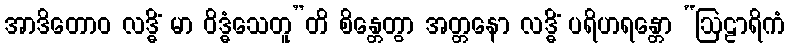
အာဒိတောဝ လဒ္ဓိံ မာ ဝိဒ္ဓံသေတူ”တိ စိန္တေတွာ အတ္တနော လဒ္ဓိံ ပရိဟရန္တော “ဩဠာရိကံ